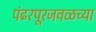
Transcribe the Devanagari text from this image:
पंढरपूरजवळच्या